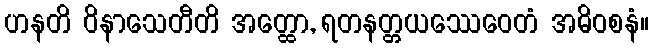
ဟနတိ ဝိနာသေတီတိ အတ္ထော, ရတနတ္တယဿေဝေတံ အဓိဝစနံ။